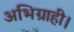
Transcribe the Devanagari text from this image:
अभिग्राही।